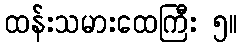
ထန်းသမားထေကြီး ၅။